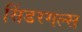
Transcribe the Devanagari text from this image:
सिंडरगल्स